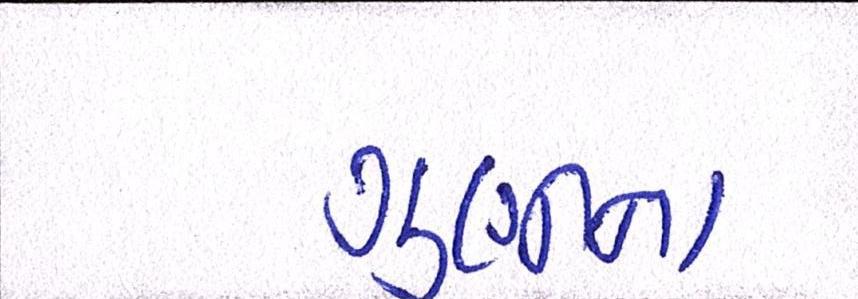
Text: ગુણીના